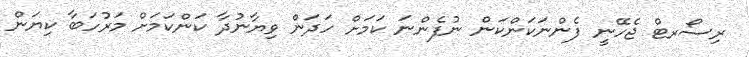
ރިސޯރޓް ޖެހޭނީ ފެންނަކަންކަން ނުފެންނަ ކަމަށް ހަދަން ވިޔާނުދާ ކަންކަމަށް މަރުހަބާ ކިޔަން